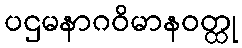
ပဌမနာဂဝိမာနဝတ္ထု